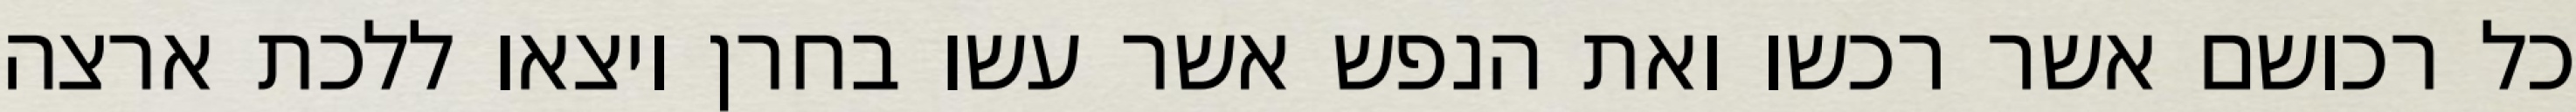
כל רכושם אשר רכשו ואת הנפש אשר עשו בחרן ויצאו ללכת ארצה